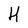
Character: H